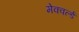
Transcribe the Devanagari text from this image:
मेक्वर्ल्ड